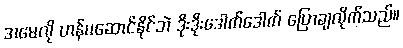
အမေလို ဟန်မဆောင်နိုင်ဘဲ ဒိုးဒိုးဒေါက်ဒေါက် ပြောချလိုက်သည်။